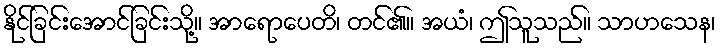
နိုင်ခြင်းအောင်ခြင်းသို့။ အာရောပေတိ၊ တင်၏။ အယံ၊ ဤသူသည်။ သာဟသေန၊